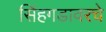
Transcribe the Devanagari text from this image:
सिंहगडावरचे